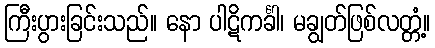
ကြီးပွားခြင်းသည်။ နော ပါဋိကင်္ခါ၊ မချွတ်ဖြစ်လတ္တံ့။